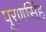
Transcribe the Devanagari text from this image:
पूरणसिंह